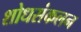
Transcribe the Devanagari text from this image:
शोधसंकलन